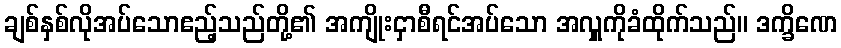
ချစ်နှစ်လိုအပ်သောဧည့်သည်တို့၏ အကျိုးငှာစီရင်အပ်သော အလှူကိုခံထိုက်သည်။ ဒက္ခိဏေ